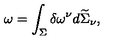
\omega = \int _ { \Sigma } \delta \omega ^ { \nu } d \widetilde { \Sigma } _ { \nu } ,